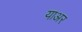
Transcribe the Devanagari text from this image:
याअर